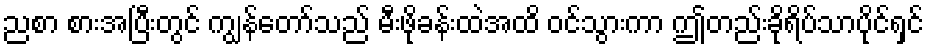
ညစာ စားအပြီးတွင် ကျွန်တော်သည် မီးဖိုခန်းထဲအထိ ဝင်သွားကာ ဤတည်းခိုရိပ်သာပိုင်ရှင်